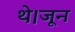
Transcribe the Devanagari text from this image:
थे।जून